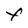
Character: F